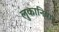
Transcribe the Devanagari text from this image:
लुकानिया